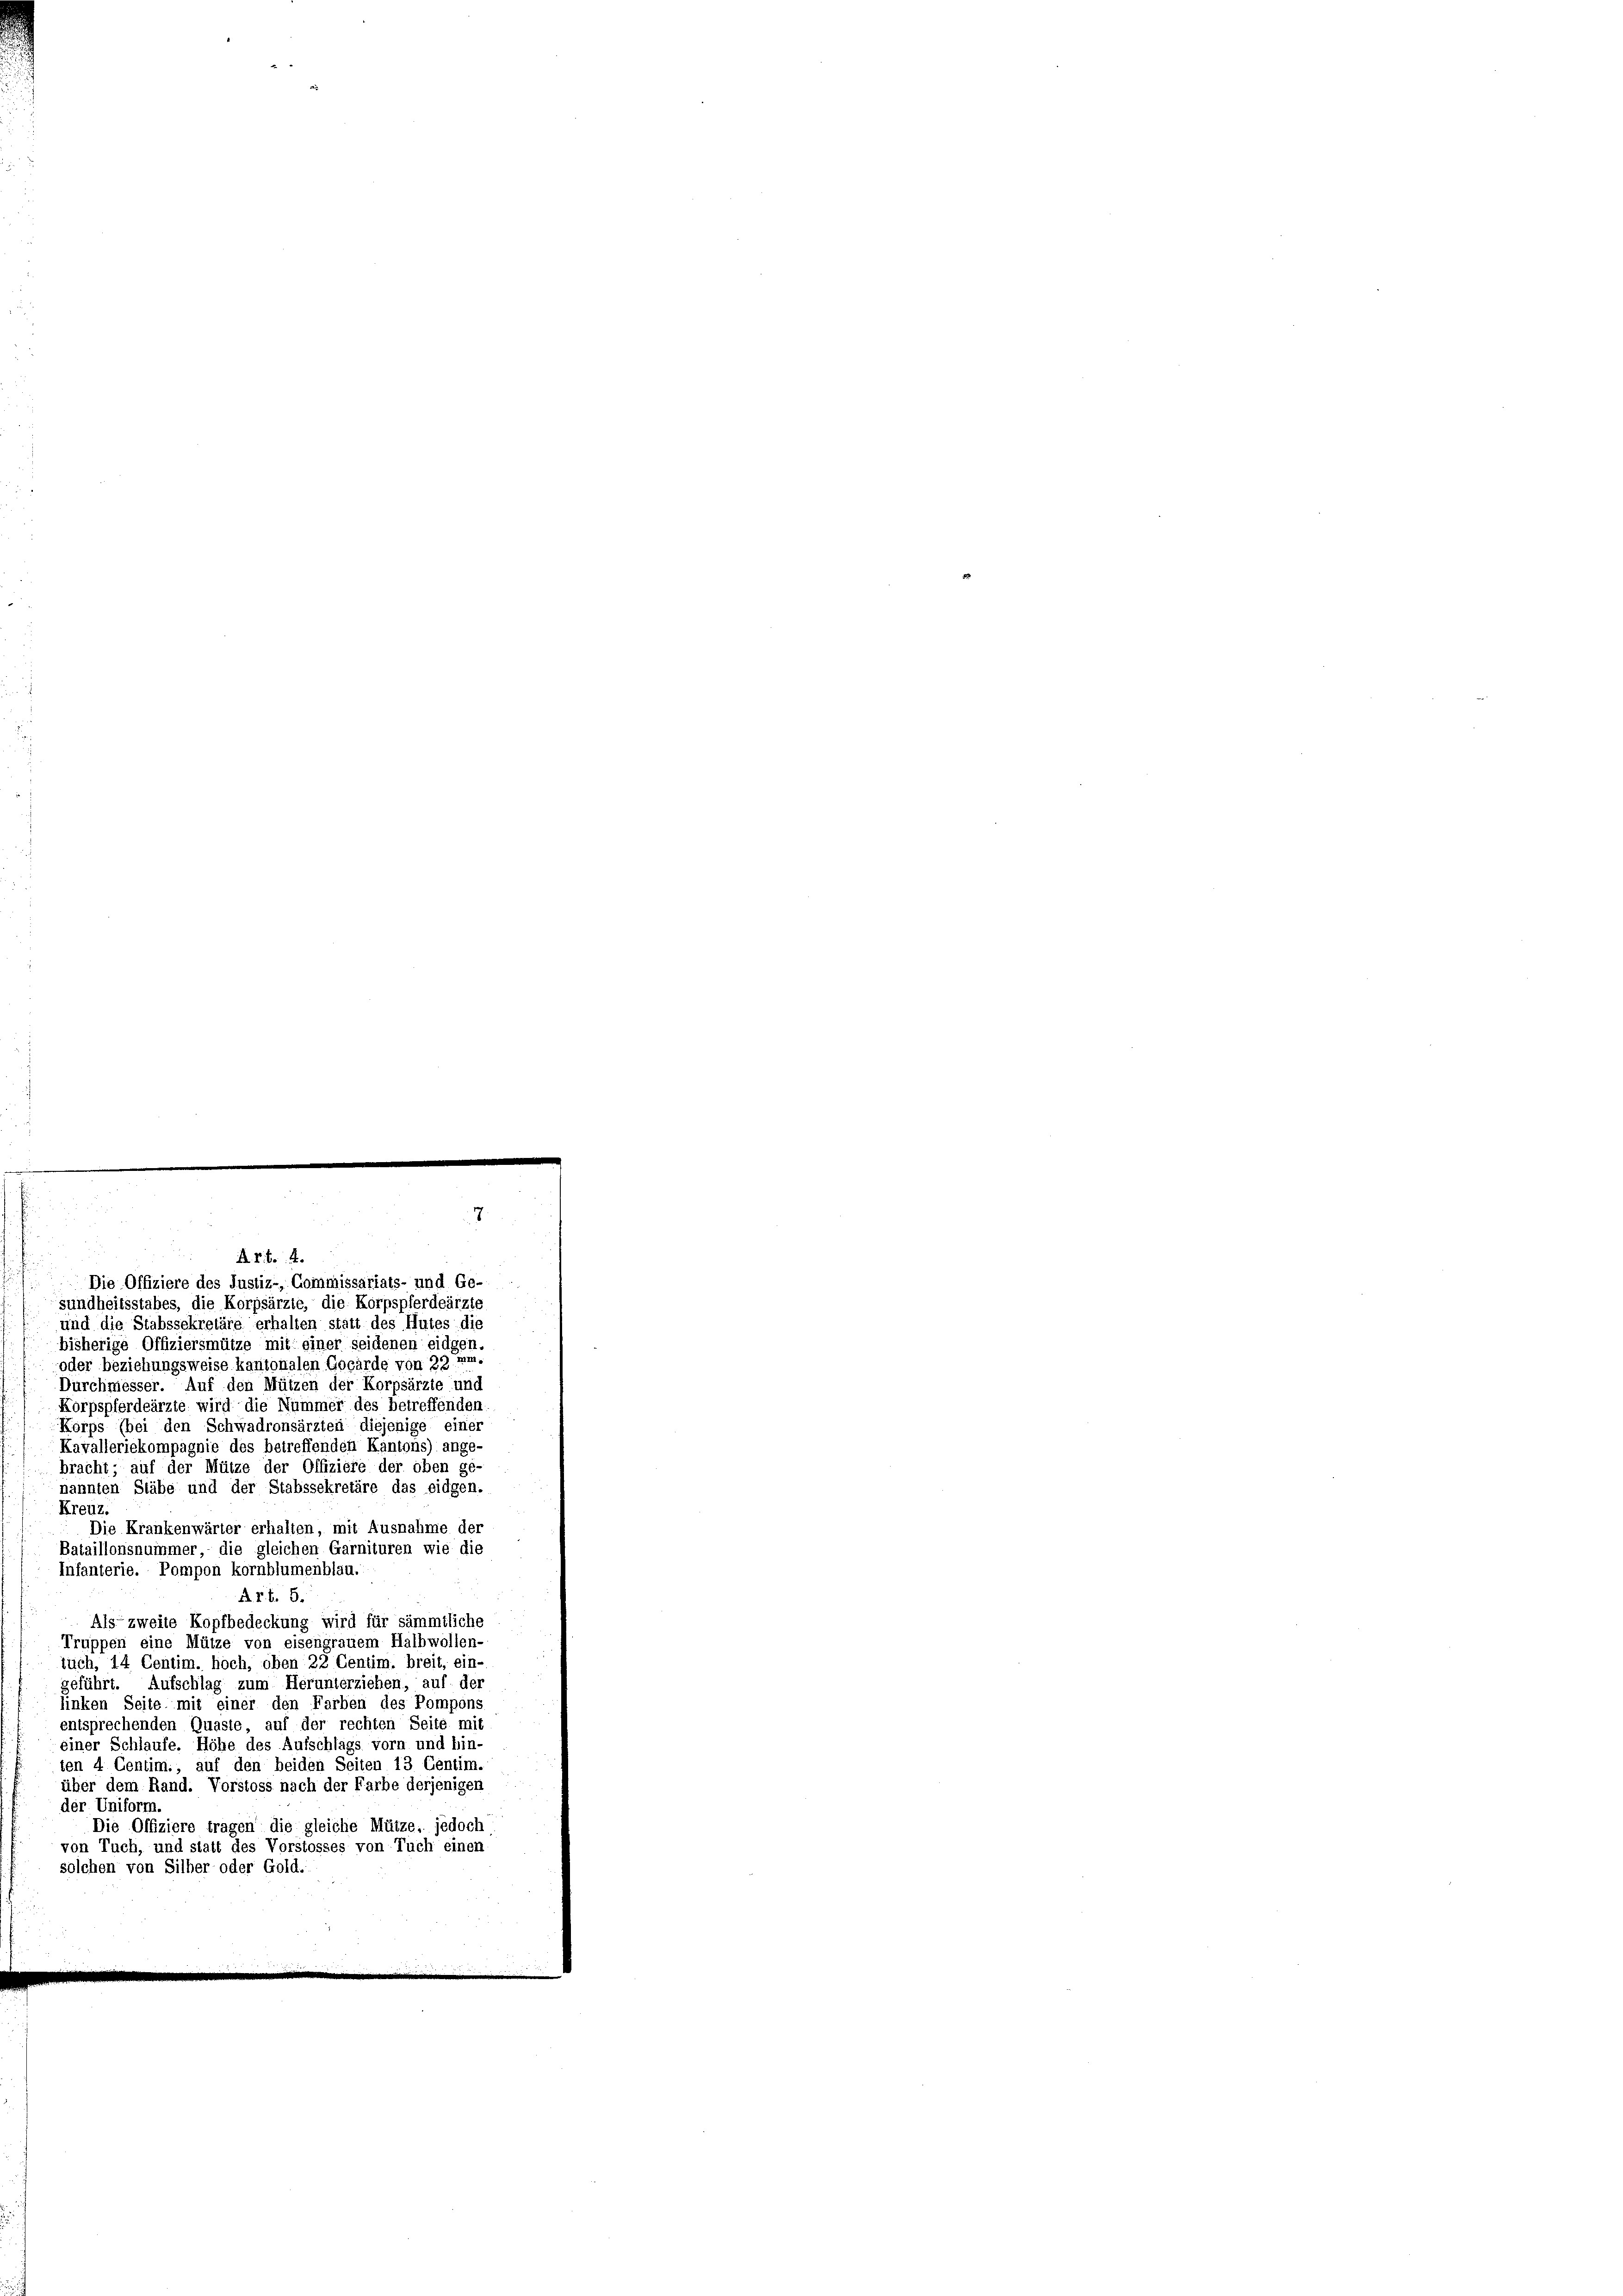
f

Die Offiziere des Justiz-Commissariats- und Ge-
sundheitsstabes, die Korpsärzte, die Korpspferdeärzte
und die Stabssekretäre erhalten statt des Hutes die
bisherige Offiziersmütze mit einer seidenen eidgen.
oder beziehungsweise kantonalen Gocarde von 29 mm.
Durchmesser. Auf den Mützen der Korpsärzte und
Korpspferdeärzte wird die Nummer des betreffenden
Korps (bei den Schwadronsärzten diejenige einer
Kavalleriekompagnie des betreffenden Kantons) ange-
bracht auf der Mütze der Offiziere der oben ge-
nannten Släbe und der Stabssekretäre das eidgen.
Kreuz
Die Krankenwärter erhalten, mit Ausnahme der
Bataillonsnummer - die gleichen Garnituren wie die
Infanterie. Pompon kornblumenblau
Art. 5.
Als zweite Kopfbedeckung wird für sämmtliche
Truppen eine Mütze von eisengrauem Halbwollen-
tuch, 14 Centim. hoch, oben 22 Centim. breit, ein-
geführt. Aufschlag zum Herunterziehen, auf der
linken Seite mit einer den Farben des Pompons
entsprechenden Quaste auf der rechten Seite mit
einer Schlaufe. Höhe des Aufschlags vor und hin-
ten 4 Centim., auf den beiden Seiten 13 Centim.
über dem Rand. Vorstoss nach der Farbe derjenigen
der Uniform.
Die Offiziere tragen die gleiche Mütze, jedoch
von Tuch, und statt des Vorstosses von Tuch einen
solchen von Silber oder Gold.

A. B. d. 4.